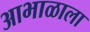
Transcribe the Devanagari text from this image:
आभाळाला